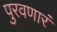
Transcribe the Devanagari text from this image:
पुरवणारं